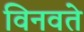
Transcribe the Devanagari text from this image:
विनवते